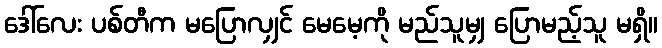
ဒေါ်လေး ပစ်တီက မပြောလျှင် မေမေ့ကို မည်သူမျှ ပြောမည့်သူ မရှိ။